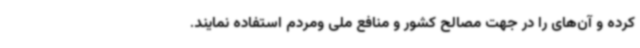
کرده و آن‌های را در جهت مصالح کشور و منافع ملی ومردم استفاده نمایند.